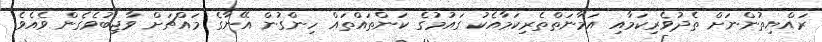
ރައްޔިތުންނަށް ތެދުވެރިކަމާއި އަމާނަތްތެރިކަމާއެކު ގައުމުގެ ކަންތައްތައް ހިންގުން އޭނާގެ މައްޗަށް ވާޖިބުވެގެން ވެއެވެ.